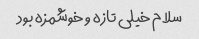
سلام خیلی تازه و خوشمزه بود